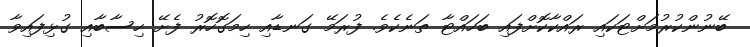
ބޭނުންކުރުމަށްޓަކައި ރައްކާކޮށްފައި ބަހައްޓާ ތަނެކެވެ. ފުރަމޭ ގަނޑާއި ހިމަގޮހޮރު ފެށޭ ހިސާބާއި ގުޅިފައިވާ